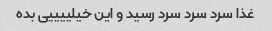
غذا سرد سرد سرد رسید و این خیلییییی بده